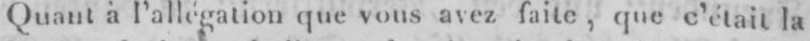
Quant à l’allégation que vous avez faite, que c’était la